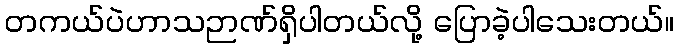
တကယ်ပဲဟာသဉာဏ်ရှိပါတယ်လို့ ပြောခဲ့ပါသေးတယ်။